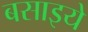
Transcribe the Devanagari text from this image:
बसाइये